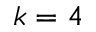
k = 4